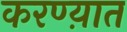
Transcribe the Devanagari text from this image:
करण्य़ात